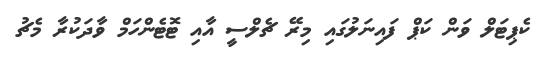
ކެޕިޓަލް ވަން ކަޕް ފައިނަލުގައި މިރޭ ޗެލްސީ އާއި ޓޮޓެންހަމް ވާދަކުރާ މެޗު